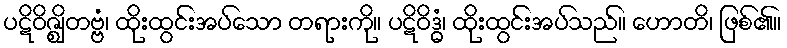
ပဋိဝိဇ္ဈိတဗ္ဗံ၊ ထိုးထွင်းအပ်သော တရားကို။ ပဋိဝိဒ္ဓံ၊ ထိုးထွင်းအပ်သည်။ ဟောတိ၊ ဖြစ်၏။